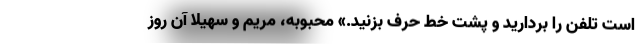
است تلفن را بردارید و پشت خط حرف بزنید.» محبوبه، مریم و سهیلا آن روز